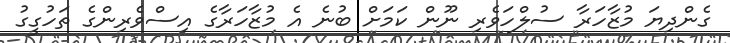
ގެންދިޔަ މުޒާހަރާ ސުލްހަވެރި ނޫން ކަމަށް ބުނެ އެ މުޒާހަރާގެ އިސްވެރިންގެ ތަހުގީގު